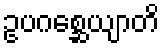
ဥပဂစ္ဆေယျာတိ